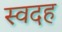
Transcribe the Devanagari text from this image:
स्वदह